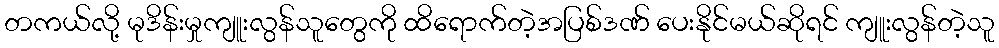
တကယ်လို့ မုဒိန်းမှုကျူးလွန်သူတွေကို ထိရောက်တဲ့အပြစ်ဒဏ် ပေးနိုင်မယ်ဆိုရင် ကျူးလွန်တဲ့သူ